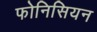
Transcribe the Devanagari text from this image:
फोनिसियन